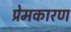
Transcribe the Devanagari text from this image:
प्रेमकारण